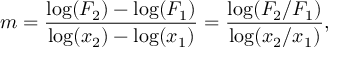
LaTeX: m = { \frac { \mathrm { l o g } ( F _ { 2 } ) - \mathrm { l o g } ( F _ { 1 } ) } { \log ( x _ { 2 } ) - \log ( x _ { 1 } ) } } = { \frac { \log ( F _ { 2 } / F _ { 1 } ) } { \log ( x _ { 2 } / x _ { 1 } ) } } ,